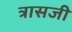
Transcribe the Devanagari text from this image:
त्रासजी